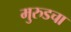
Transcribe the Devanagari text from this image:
मुरुडचा